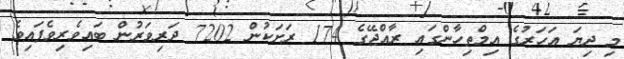
މި ދިޔަ އަހަރުގެ އިމްތިހާންގައި ރާއްޖޭގެ 174 ރަށަކުން 7202 ދަރިވަރުން ބައިވެރިވެފައިވެ